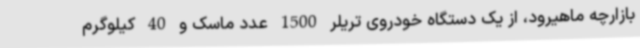
بازارچه ماهیرود، از یک دستگاه خودروی تریلر 1500 عدد ماسک و 40 کیلوگرم